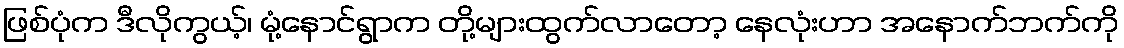
ဖြစ်ပုံက ဒီလိုကွယ့်၊ မုံ့နောင်ရွာက တို့များထွက်လာတော့ နေလုံးဟာ အနောက်ဘက်ကို